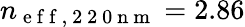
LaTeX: n_{\mathrm{~e~f~f~,~2~2~0~n~m~}}=2.86